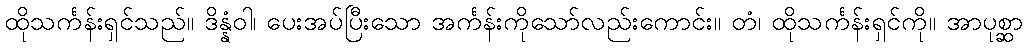
ထိုသင်္ကန်းရှင်သည်။ ဒိန္နံဝါ၊ ပေးအပ်ပြီးသော အင်္ကန်းကိုသော်လည်းကောင်း။ တံ၊ ထိုသင်္ကန်းရှင်ကို။ အာပုစ္ဆာ